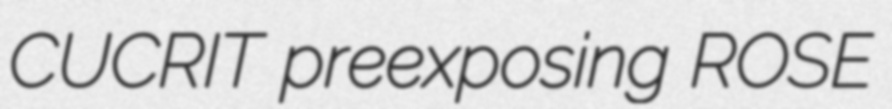
CUCRIT preexposing ROSE